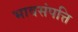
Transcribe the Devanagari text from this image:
भावसंपत्ति